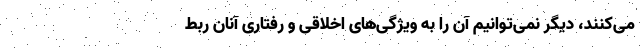
می‌کنند، دیگر نمی‌توانیم آن را به ویژگی‌های اخلاقی و رفتاری آنان ربط